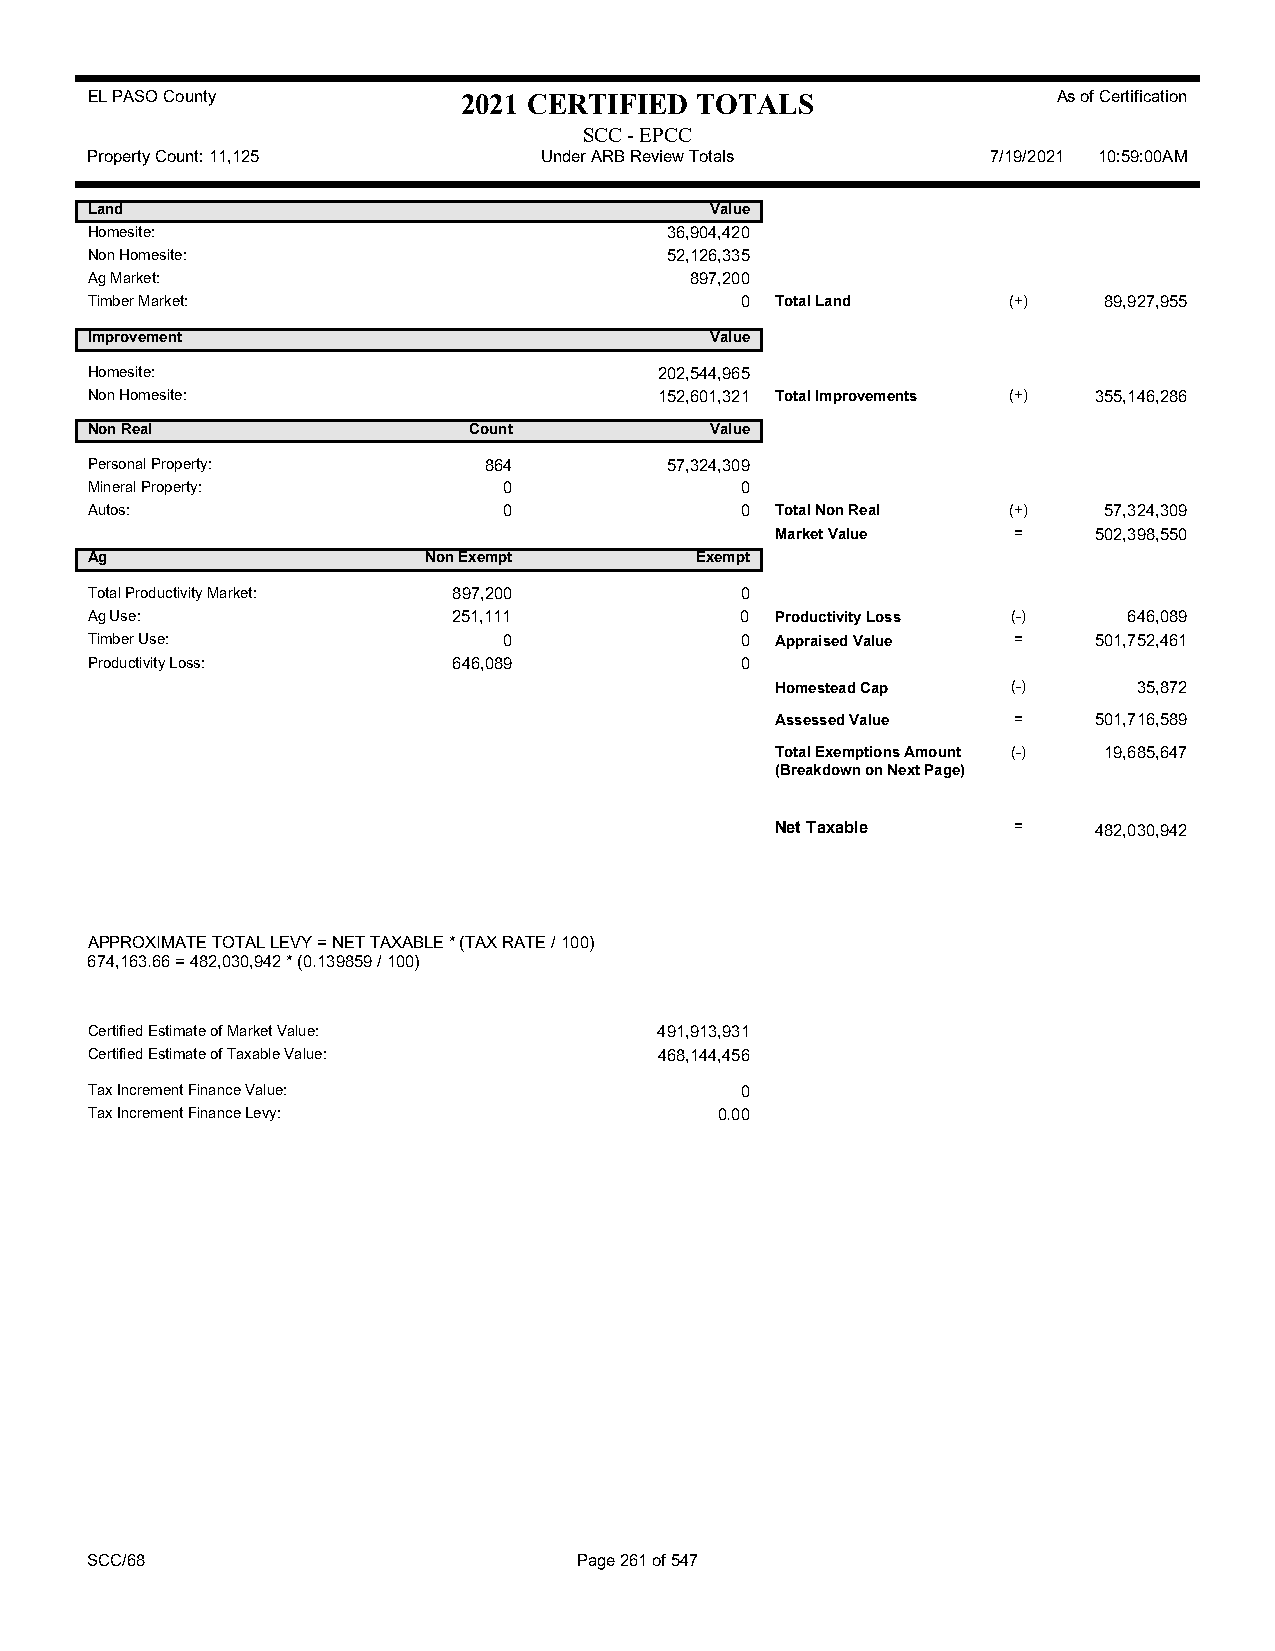
EL PASO County           2021 CERTIFIED TOTALS                  As of Certification
 SCC - EPCC
 Property Count: 11,125        Under ARB Review Totals       7/19/2021 10:59:00AM
 Land                                     Value
 Homesite:                             36,904,420
 Non Homesite:                         52,126,335
 Ag Market:                              897,200
 Timber Market:                             0 Total Land      (+)   89,927,955
 Improvement                              Value
 Homesite:                             202,544,965
 Non Homesite:                         152,601,321 Total Improvements (+) 355,146,286
 Non Real                 Count           Value
 Personal Property:        864         57,324,309
 Mineral Property:          0               0
 Autos:                     0               0 Total Non Real  (+)   57,324,309
 Market Value    =    502,398,550
 Ag                    Non Exempt        Exempt
 Total Productivity Market: 897,200         0
 Ag Use:                 251,111            0 Productivity Loss (-)   646,089
 Timber Use:                0               0 Appraised Value =    501,752,461
 Productivity Loss:      646,089            0
 Homestead Cap   (-)     35,872
 Assessed Value  =    501,716,589
 Total Exemptions Amount (-) 19,685,647
 (Breakdown on Next Page)
 Net Taxable     =    482,030,942
 APPROXIMATE TOTAL LEVY = NET TAXABLE * (TAX RATE / 100)
 674,163.66 = 482,030,942 * (0.139859 / 100)
 Certified Estimate of Market Value:   491,913,931
 Certified Estimate of Taxable Value:  468,144,456
 Tax Increment Finance Value:               0
 Tax Increment Finance Levy:               0.00
 SCC/68                          Page 261 of 547